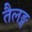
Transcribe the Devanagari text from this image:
तैलङ्ग